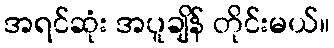
အရင်ဆုံး အပူချိန် တိုင်းမယ်။